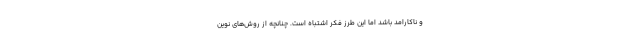
و ناکارامد باشد اما این طرز فکر اشتباه است. چنانچه از روش‌های نوین